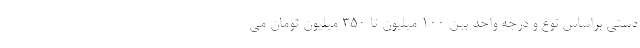
دستی براساس نوع و درجه واحد بین ۱۰۰ میلیون تا ۳۵۰ میلیون تومان می